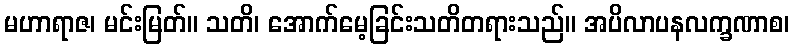
မဟာရာဇ၊ မင်းမြတ်။ သတိ၊ အောက်မေ့ခြင်းသတိတရားသည်။ အပိလာပနလက္ခဏာစ၊